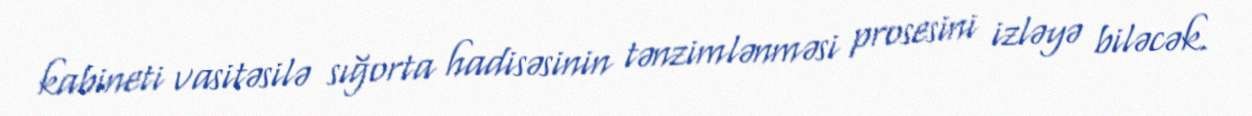
kabineti vasitəsilə sığorta hadisəsinin tənzimlənməsi prosesini izləyə biləcək.